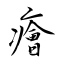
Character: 癐